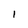
Character: I